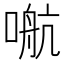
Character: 𰈙